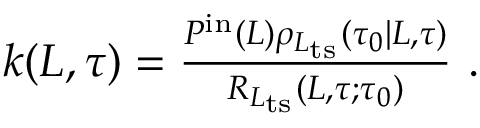
\begin{array} { r } { k ( L , \tau ) = \frac { P ^ { \mathrm { i n } } ( L ) \rho _ { L _ { \mathrm { t s } } } ( \tau _ { 0 } | L , \tau ) } { R _ { L _ { \mathrm { t s } } } ( L , \tau ; \tau _ { 0 } ) } \ . } \end{array}